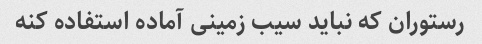
رستوران که نباید سیب زمینی آماده استفاده کنه